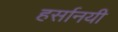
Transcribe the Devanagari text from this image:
हर्सानयी